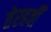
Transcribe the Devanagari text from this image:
तेरहवीँ